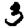
Digit: 3